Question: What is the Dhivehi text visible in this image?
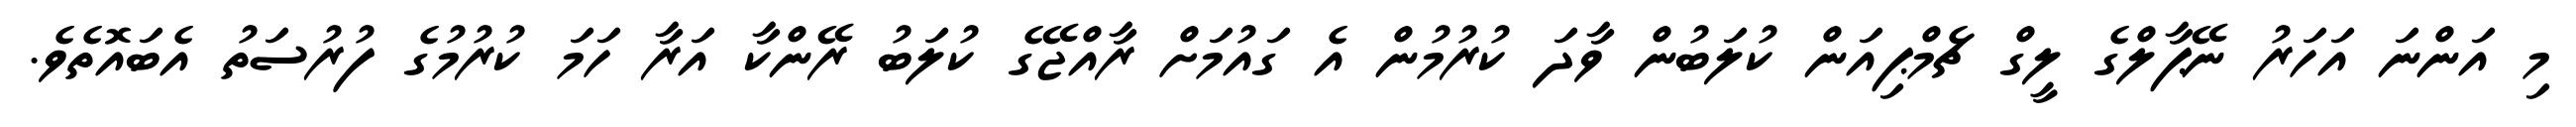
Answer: މި އަންނަ އަހަރު ނޭޕާލްގެ ލީގް ޗެމްޕިއަން ކުލަބުން ވާދަ ކުރުމުން އެ ގައުމަށް ރާއްޖޭގެ ކުލަބު ރޭންކާ އަރާ ހަމަ ކުރުމުގެ ފުރުސަތު އެބައޮތެވެ.